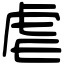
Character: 虐